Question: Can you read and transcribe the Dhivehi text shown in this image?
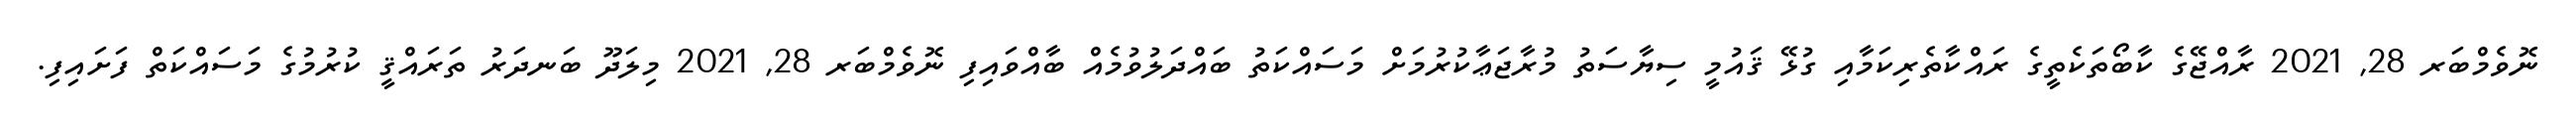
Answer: ނޮވެމްބަރ 28, 2021 ރާއްޖޭގެ ކާބޯތަކެތީގެ ރައްކާތެރިކަމާއި ގުޅޭ ޤައުމީ ސިޔާސަތު މުރާޖަޢާކުރުމަށް މަސައްކަތު ބައްދަލުވުމެއް ބާއްވައިފި ނޮވެމްބަރ 28, 2021 މިލަދޫ ބަނދަރު ތަރައްޤީ ކުރުމުގެ މަސައްކަތް ފަށައިފި.